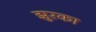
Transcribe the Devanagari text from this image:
झुरका